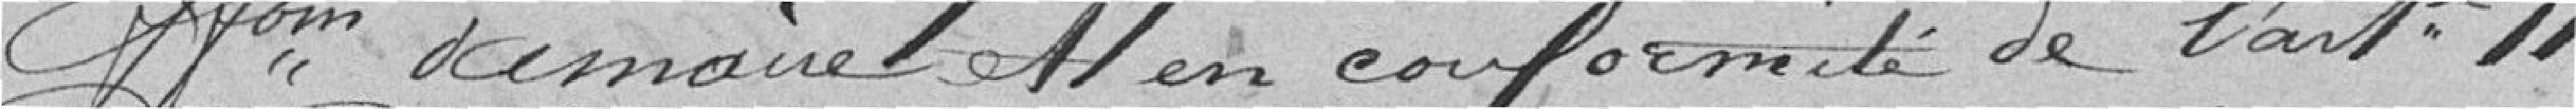
faisant fonction de maire et en conformité de l'article 11